Civil Veterinary Department. Central Provinces & Berar 1932-41 - 1932-1941
Year: 1932
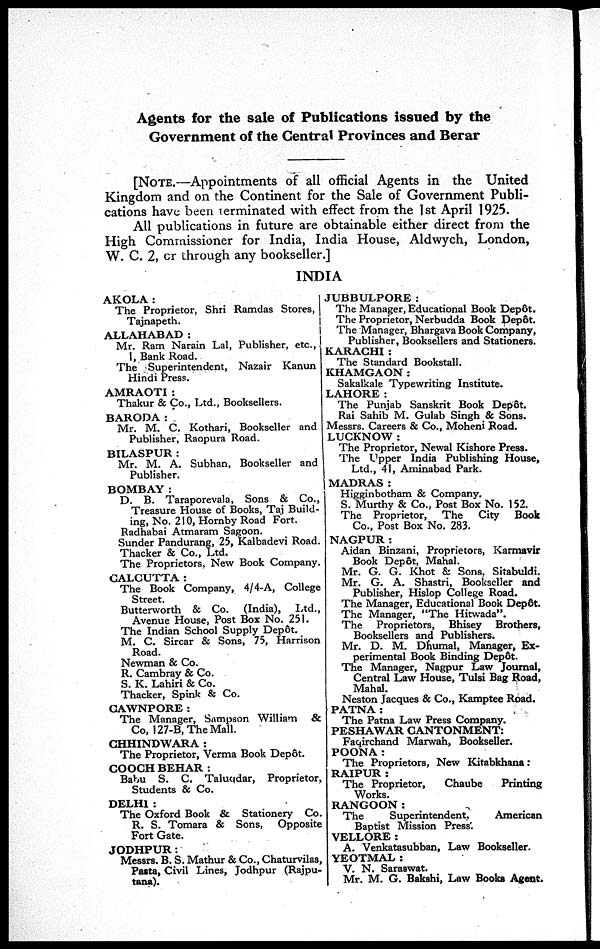
Agents for the sale of Publications issued by the
Government of the Central Provinces and Berar
[NOTE.—Appointments of all official Agents in the United
Kingdom and on the Continent for the Sale of Government Publi-
cations have been terminated with effect from the 1st April 1925.
All publications in future are obtainable either direct from the
High Commissioner for India, India House, Aldwych, London,
W. C. 2, or through any bookseller.]
INDIA
AKOLA :
The Proprietor, Shri Ramdas Stores,
Tajnapeth.
ALLAHABAD :
Mr. Ram Narain Lal, Publisher, etc.,
1, Bank Road.
The Superintendent, Nazair Kanun
Hindi Press.
AMRAOTI :
Thakur & Co., Ltd., Booksellers.
BARODA:
Mr. M. C. Kothari, Bookseller and
Publisher, Raopura Road.
BILASPUR :
Mr. M. A. Subhan, Bookseller and
Publisher.
BOMBAY :
D. B. Taraporevala, Sons & Co.,
Treasure House of Books, Taj Build-
ing, No. 210, Hornby Road Fort.
Radhabai Atmaram Sagoon.
Sunder Pandurang, 25, Kalbadevi Road.
Thacker & Co., Ltd.
The Proprietors. New Book Company.
CALCUTTA :
The Book Company, 4/4-A, College
Street.
Butterworth & Co. (India), Ltd.,
Avenue House, Post Box No. 251.
The Indian School Supply Depôt.
M. C. Sircar & Sons, 75, Harrison
Road.
Newman & Co.
R. Cambray & Co.
S. K. Lahiri & Co.
Thacker, Spink & Co.
CAWNPORE :
The Manager, Sampson William
&
Co, 127-B, The Mall.
CHHINDWARA :
The Proprietor, Verma Book Depôt.
COOCH BEHAR :
Babu S. C. Taluqdar, Proprietor,
Students & Co.
DELHI :
The Oxford Book & Stationery Co.
R. S. Tomara & Sons,
Opposite
Fort Gate.
JODHPUR:
Messrs. B. S. Mathur & Co., Chaturvilas,
Pasta, Civil Lines, Jodhpur (Rajpu-
tana).
JUBBULPORE:
The Manager, Educational Book Depôt.
The Proprietor, Nerbudda Book Depôt.
The Manager, Bhargava Book Company,
Publisher, Booksellers and Stationers.
KARACHI :
The Standard Bookstall.
KHAMGAON:
Sakalkale Typewriting Institute.
LAHORE:
The Punjab Sanskrit Book Depôt.
Rai Sahib M. Gulab Singh & Sons.
Messrs. Careers & Co., Moheni Road.
LUCKNOW :
The Proprietor, Newal Kishore Press.
The Upper India Publishing House,
Ltd., 41, Aminabad Park.
MADRAS :
Higginbotham & Company.
S. Murthy & Co., Post Box No. 152.
The Proprietor, The
City
Book
Co., Post Box No. 283.
NAGPUR:
Aidan Binzani, Proprietors, Karmavir
Book Depôt, Mahal.
Mr. G. G. Khot & Sons, Sitabuldi.
Mr. G. A. Shastri, Bookseller and
Publisher, Hislop College Road.
The Manager, Educational Book Depôt.
The Manager, "The Hitwada".
The Proprietors, Bhisey Brothers,
Booksellers and Publishers.
Mr. D. M. Dhumal, Manager, Ex-
perimental Book Binding Depôt.
The Manager, Nagpur Law Journal,
Central Law House, Tulsi Bag Road,
Mahal.
Neston Jacques & Co., Kamptee Road.
PATNA:
The Patna Law Press Company.
PESHAWAR CANTONMENT:
Faqirchand Marwah, Bookseller.
POONA:
The Proprietors, New Kitabkhana:
RAIPUR:
The Proprietor,
Chaube
Printing
Works.
RANGOON:
The
Superintendent.
American
Baptist Mission Press.
VELLORE:
A. Venkatasubban, Law Bookseller.
YEOTMAL :
V. N. Saraswat.
Mr. M. G. Bakshi, Law Books Agent.